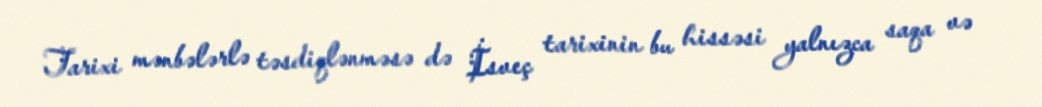
Tarixi mənbələrlə təsdiqlənməsə də İsveç tarixinin bu hissəsi yalnızca saqa və